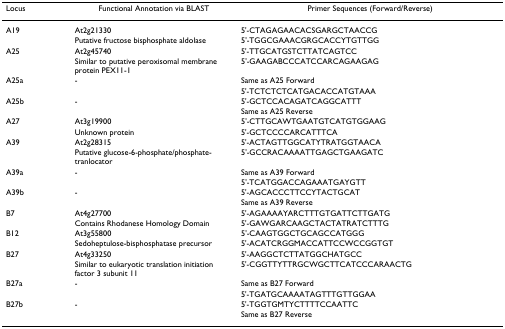
<table><thead><tr><td><b>Locus</b></td><td><b>Functional Annotation via BLAST</b></td><td><b>Primer Sequences (Forward/Reverse)</b></td></tr></thead><tbody><tr><td>A19</td><td>At2g21330</td><td>5&#x27;-CTAGAGAACACSGARGCTAACCG</td></tr><tr><td></td><td>Putative fructose bisphosphate aldolase</td><td>5&#x27;-TGGCGAAACGRGCACCYTGTTGG</td></tr><tr><td>A25</td><td>At2g45740</td><td>5&#x27;-TTGCATGSTCTTATCAGTCC</td></tr><tr><td></td><td>Similar to putative peroxisomal membrane protein PEX11-1</td><td>5&#x27;-GAAGABCCCATCCARCAGAAGAG</td></tr><tr><td>A25a</td><td>-</td><td>Same as A25 Forward</td></tr><tr><td></td><td></td><td>5&#x27;-TCTCTCTCATGACACCATGTAAA</td></tr><tr><td>A25b</td><td>-</td><td>5&#x27;-GCTCCACAGATCAGGCATTT</td></tr><tr><td></td><td></td><td>Same as A25 Reverse</td></tr><tr><td>A27</td><td>At3g19900</td><td>5&#x27;-CTTGCAWTGAATGTCATGTGGAAG</td></tr><tr><td></td><td>Unknown protein</td><td>5&#x27;-GCTCCCCARCATTTCA</td></tr><tr><td>A39</td><td>At2g28315</td><td>5&#x27;-ACTAGTTGGCATYTRATGGTAACA</td></tr><tr><td></td><td>Putative glucose-6-phosphate/phosphate-tranlocator</td><td>5&#x27;-GCCRACAAAATTGAGCTGAAGATC</td></tr><tr><td>A39a</td><td>-</td><td>Same as A39 Forward</td></tr><tr><td></td><td></td><td>5&#x27;-TCATGGACCAGAAATGAYGTT</td></tr><tr><td>A39b</td><td>-</td><td>5&#x27;-AGCACCCTTCCYTACTGCAT</td></tr><tr><td></td><td></td><td>Same as A39 Reverse</td></tr><tr><td>B7</td><td>At4g27700</td><td>5&#x27;-AGAAAAYARCTTTGTGATTCTTGATG</td></tr><tr><td></td><td>Contains Rhodanese Homology Domain</td><td>5&#x27;-GAWGARCAAGCTACTATRATCTTTG</td></tr><tr><td>B12</td><td>At3g55800</td><td>5&#x27;-CAAGTGGCTGCAGCCATGGG</td></tr><tr><td></td><td>Sedoheptulose-bisphosphatase precursor</td><td>5&#x27;-ACATCRGGMACCATTCCWCCGGTGT</td></tr><tr><td>B27</td><td>At4g33250</td><td>5&#x27;-AAGGCTCTTATGGCHATGCC</td></tr><tr><td></td><td>Similar to eukaryotic translation initiation factor 3 subunit 11</td><td>5&#x27;-CGGTTYTTRGCWGCTTCATCCCARAACTG</td></tr><tr><td>B27a</td><td>-</td><td>Same as B27 Forward</td></tr><tr><td></td><td></td><td>5&#x27;-TGATGCAAAATAGTTTGTTGGAA</td></tr><tr><td>B27b</td><td>-</td><td>5&#x27;-TGGTGMTYCTTTTCCAATTC</td></tr><tr><td></td><td></td><td>Same as B27 Reverse</td></tr></tbody></table>